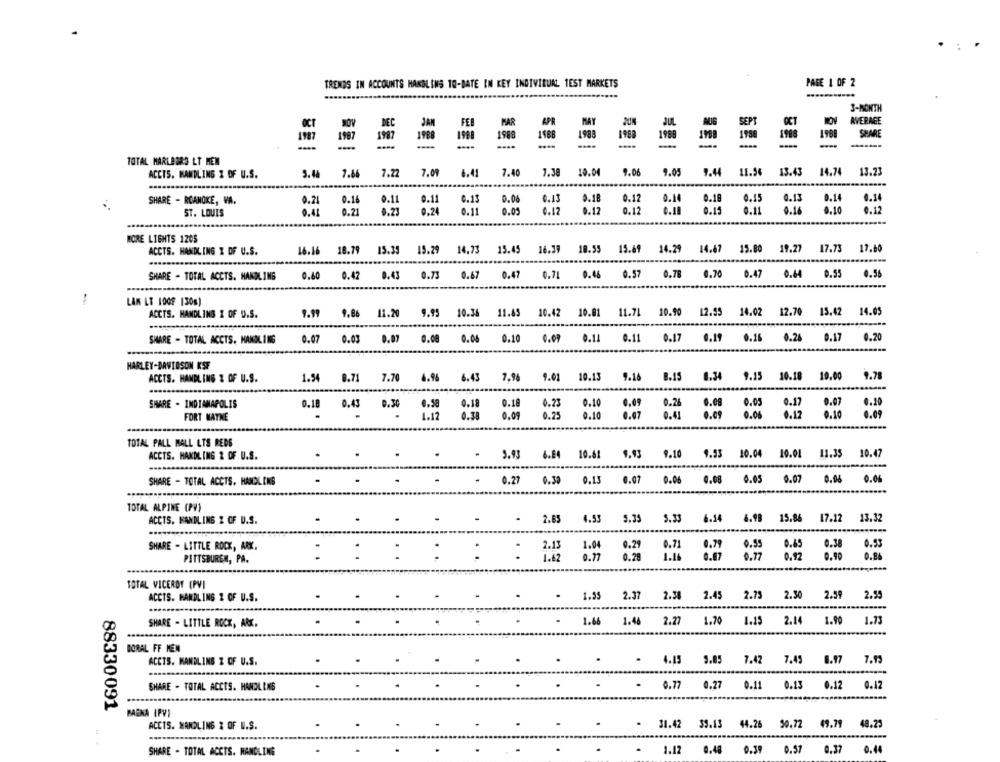
TRENDS IN ACCOUNTS HANDLING 10-DATE IN KEY INDIVIDUAL TEST MARKETS
PAGE 1 OF 2
3-MONTH
SEPT
AVERAGE
DEC
FEB
PAR
APR
OCT
1987
1987
1997
1998
1988
1188
1988
1960
1988
1988
1988
1988
SHARE
-
1980
TOTAL MARLBORO LT MEN
ACCTS. MANDLING Z OF U.S.
5.46
7.86
7.22
7.09
6.41
7.40
7.38
9.06
9.05
9.44 11.54
13.43
14.74
13.23
0.18
0.34
SHARE - ROANOKE, VA.
0.16
0.11
0.11
0.15
0.06
0.13
0.12
0.15
0.13
0.14
ST. LOUIS
0.21
8.23
9.24
0.05
0.12
0.12
0.12
0.15
0.11
0.16
0.10
0.12
MORE LIGHTS 1205
ACCTS. HANDLING 1 OF U.S.
16.16 18.79 15.39 15.29 14.73 15.45 16.39 10.55 15.69 14.29 14.67 15.80 19.27 17.73 17.60
0.43 0.73 0.67 0.47 0.71 0.46 0.57 0.78 0.70 0.47 0.64 0.55
0.56
SHARE - TOTAL ACCTS. HANDLING
0.40
0.42
LAK LT 10OF 130s)
9.99
9.95 10.36 11.65 10.42 10.01 11.71 10.90 12.95 14.02 12.70 13.42 14.05
ACCTS. HANDLING Z OF U.S.
9.86
11.20
SHARE - TOTAL ACCTS, HANDLING
0.07
0.03
0.07
0.08
0.06
0.10
0.09
0.11
0.11
0.17 0.19 0.16 0.26 0.17 0.20
0.17
-
HARLEY-DAVIDSON KSF
ACCTS. HANDLING & OF U.S.
1.54
0.71
7.70
6.96
6.43
7.96
9.01
10.13
9.16
8.15
0.34
9.15 10.18
10.00
9.78
SHARE - INDIANAPOLIS
0.58
0.18
0.18
0.23
0.10
0.26
0.08
0.05
0.17
0.07
0.20
0.18 0.43 0.30
0.09
FORT WAYNE
1.12
0.38
0.09
0.25
0.10
0.07
0.41
0.09
0.06
0.12
0.10
0.09
TOTAL PALL MALL LTS REDS
ACCTS. HANDLING & OF U.S.
5.93
6.84 10.61
9.93
9.10
9.33 10.04 10.01 11.35 10.47
SHARE - TOTAL ACCTS. HANDLING
0.27
0.30
0.13
0.07
0.06
0.08
0.05
0.07
0.06
0.06
TOTAL ALPINE (PV)
2.65
4.55
5.35
5.33
6.14
6.98
15.86
17.12
13.32
ACCTS. HANDLING 2 OF U.S.
SHARE - LITTLE ROCK, ARK.
2.13
1.04
0,29
0.71
0.79
0.95
0.45
0.38
0.53
1.62
0.77
0.28
6.67
0.77
0.92
0.90
0.86
PITTSBUREN, PA.
TOTAL VICEROY (PV)
1.55
2.37
2.45
2.75
2.30
2.59
2.55
ACCTS. HANDLING 2 OF U.S.
2.34
.......
SHARE - LITTLE ROCK, ARK.
1.66
1.46
2.27
1.70
1.15
2.14
1.90
1.73
DORAL FF MEN
ACCTS. MANDLING Z OF U.S.
4.15
5.85
7.42
7.45
8.97
7.13
SHARE - TOTAL ACCTS. HANDLENS
.
0.77
0.27
0.11
0.13
0.12
0.12
88330091
BACKA IPVI
- 31.42 39.13 44.26 50.72 49.79 48.25
ACCTS. MANDLING & OF U.S.
....
SHARE - TOTAL ACCTS. MANGLING
1.12
0.48 0.39 0.57 0.37
0.44